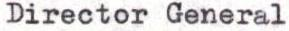
Director General